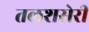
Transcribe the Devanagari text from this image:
तलशसेरी